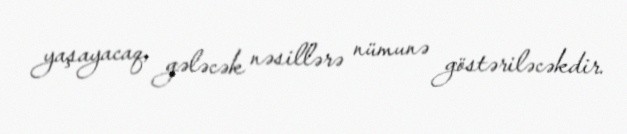
yaşayacaq, gələcək nəsillərə nümunə göstəriləcəkdir.